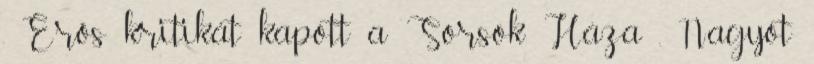
. Erős kritikát kapott a Sorsok Háza . Nagyot